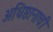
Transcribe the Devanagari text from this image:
अधिष्ठानाची